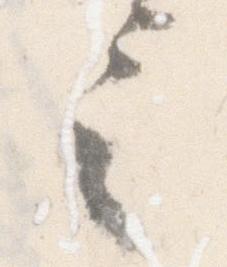
言